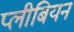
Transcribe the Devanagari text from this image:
प्लीबियन